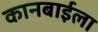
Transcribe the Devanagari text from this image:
कानबाईला